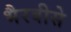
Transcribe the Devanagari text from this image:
भैरवीसे